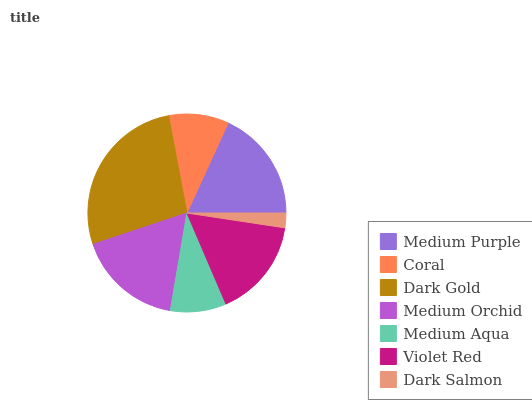
| Medium Purple | Coral | Dark Gold | Medium Orchid | Medium Aqua | Violet Red | Dark Salmon |
 | --- | --- | --- | --- | --- | --- | --- |
 | 18.1% | 9.78% | 27.2% | 17.2% | 9.13% | 16.2% | 2.39% |